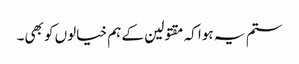
ستم یہ ہوا کہ مقتولین کے ہم خیالوں کو بھی۔